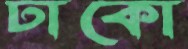
ঢাকো